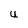
Character: U